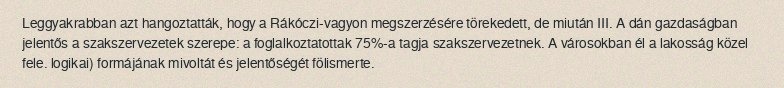
Leggyakrabban azt hangoztatták, hogy a Rákóczi-vagyon megszerzésére törekedett, de miután III. A dán gazdaságban jelentős a szakszervezetek szerepe: a foglalkoztatottak 75%-a tagja szakszervezetnek. A városokban él a lakosság közel fele. logikai) formájának mivoltát és jelentőségét fölismerte.